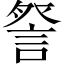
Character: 詧